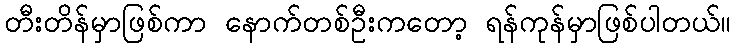
တီးတိန်မှာဖြစ်ကာ နောက်တစ်ဦးကတော့ ရန်ကုန်မှာဖြစ်ပါတယ်။